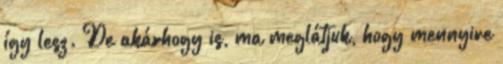
így lesz. De akárhogy is, ma meglátjuk, hogy mennyire